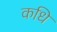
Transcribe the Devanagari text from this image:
कधि